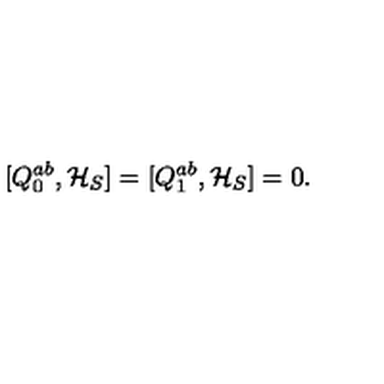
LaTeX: [ Q _ { 0 } ^ { a b } , { \cal H } _ { S } ] = [ Q _ { 1 } ^ { a b } , { \cal H } _ { S } ] = 0 .